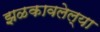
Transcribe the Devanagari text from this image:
झळकावलेल्या